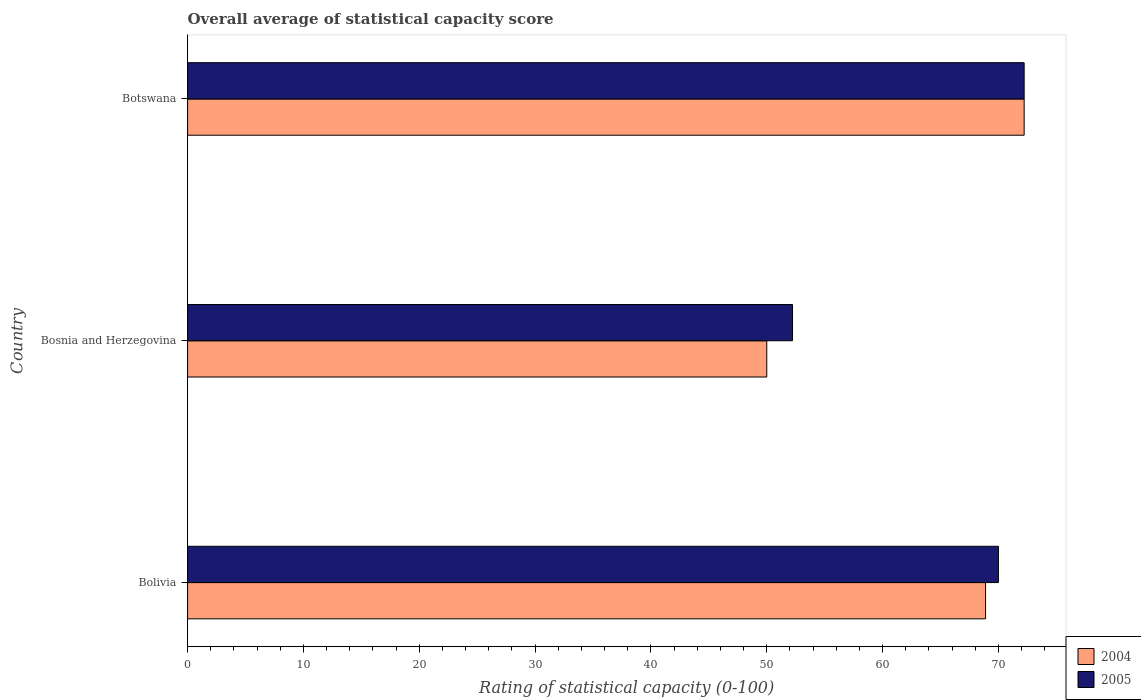
| Country | 2004 | 2005 |
 | --- | --- | --- |
 | Bolivia | 68.9 | 70 |
 | Bosnia and Herzegovina | 50 | 52.2 |
 | Botswana | 72.2 | 72.2 |